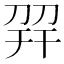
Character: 𢆙